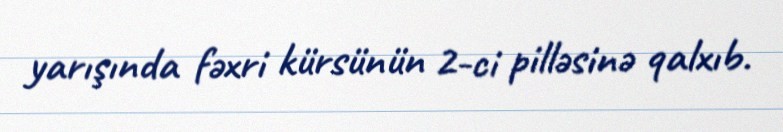
yarışında fəxri kürsünün 2-ci pilləsinə qalxıb.